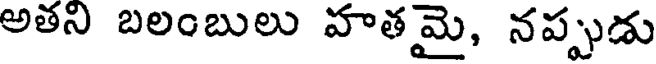
అతని బలంబులు హతమై, నప్పుడు